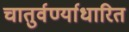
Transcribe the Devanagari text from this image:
चातुर्वर्ण्याधारित